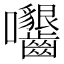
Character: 𡆟